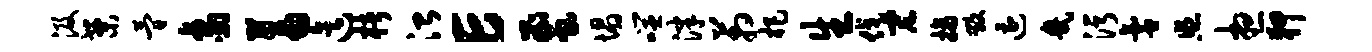
汲案简象蓄迄楮治E蜜塌噬津箱杷生伐宏摘毁遭几污氲照想狎